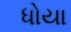
ધોયા